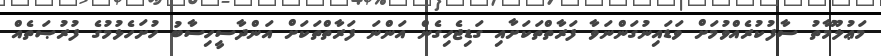
މަޢުލޫމާތު ސާފުކުރެއްވުމަށް ވަޑައިނުގަންނަވާ ފަރާތްތަކަށާއި ގަޑިޖެހިގެން އަންނަ ފަރާތްތަކަށް އަންދާސީހިސާބު ހުށަހެޅުމުގެ ފުރުޞަތެއް